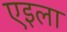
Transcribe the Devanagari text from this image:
एइला